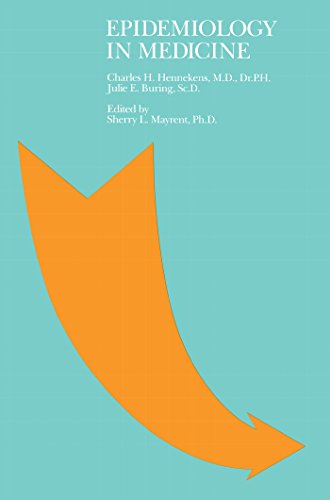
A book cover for Epidemiology in Medicine; Charles H. Hennekens; Medical Books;